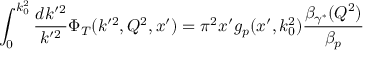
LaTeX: \int _ { 0 } ^ { k _ { 0 } ^ { 2 } } { \frac { d k ^ { \prime 2 } } { k ^ { \prime 2 } } } \Phi _ { T } ( k ^ { \prime 2 } , Q ^ { 2 } , x ^ { \prime } ) = \pi ^ { 2 } x ^ { \prime } g _ { p } ( x ^ { \prime } , k _ { 0 } ^ { 2 } ) { \frac { \beta _ { \gamma ^ { * } } ( Q ^ { 2 } ) } { \beta _ { p } } }